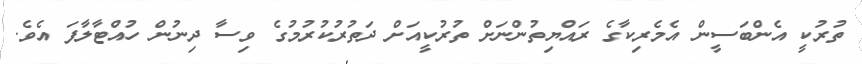
ތުރުކީ އެންބަސީން އެމެރިކާގެ ރައްޔިތުންނަށް ތުރުކީއަށް ދަތުރުކުރުމުގެ ވިސާ ދިނުން ހުއްޓާލާފަ އެވެ.